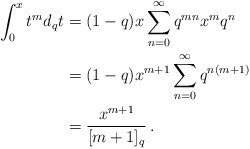
\begin{align*} \int_0^x t^m d_q t&=(1-q)x\sum_{n=0}^\infty q^{mn}x^m q^n\\&=(1-q)x^{m+1}\sum_{n=0}^\infty q^{n(m+1)}\\&=\frac{x^{m+1}}{[m+1]_q}\,. \end{align*}